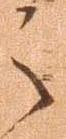
之